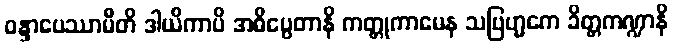
ဝန္ဒာပေဿာမီတိ ဒါယိကာပိ အဓိပ္ပေတာနိ ကတ္တုကာမေန သဗြဟ္မကေ ခိတ္တကဏ္ဍာနိ